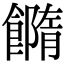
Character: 𩞢